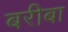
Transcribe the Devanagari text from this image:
बरीबा